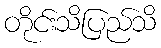
တိုင်းသိပြည်သိ